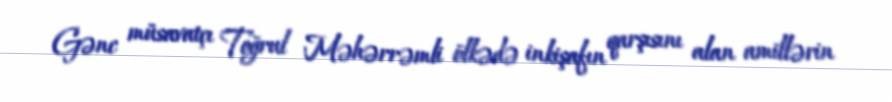
Gənc müsavatçı Toğrul Məhərrəmli ölkədə inkişafın qarşısını alan amillərin